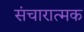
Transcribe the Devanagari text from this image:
संचारात्मक